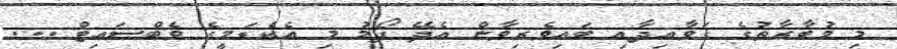
މި މުބާރާތުގެ ގަވާއިދާއި ބައިވެރިވާން އެދޭ ފޯމު މި އެކެޑަމީގެ ވެބްސައިޓް ...